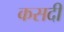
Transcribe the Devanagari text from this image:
कसदी